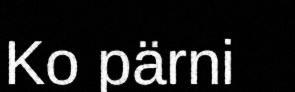
Ko pärni